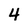
Character: 4